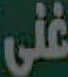
على